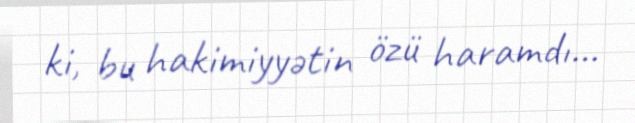
ki, bu hakimiyyətin özü haramdı...